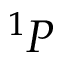
^ 1 P